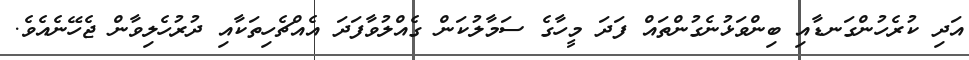
އަދި ކުރެހުންގަނޑާއި ބިންވަޅުނެގުންތައް ފަދަ މީހާގެ ސަމާލުކަން ގެއްލުވާފަދަ އެއްޗެހިތަކާއި ދުރުހެލިވާން ޖެހޭނެއެވެ.